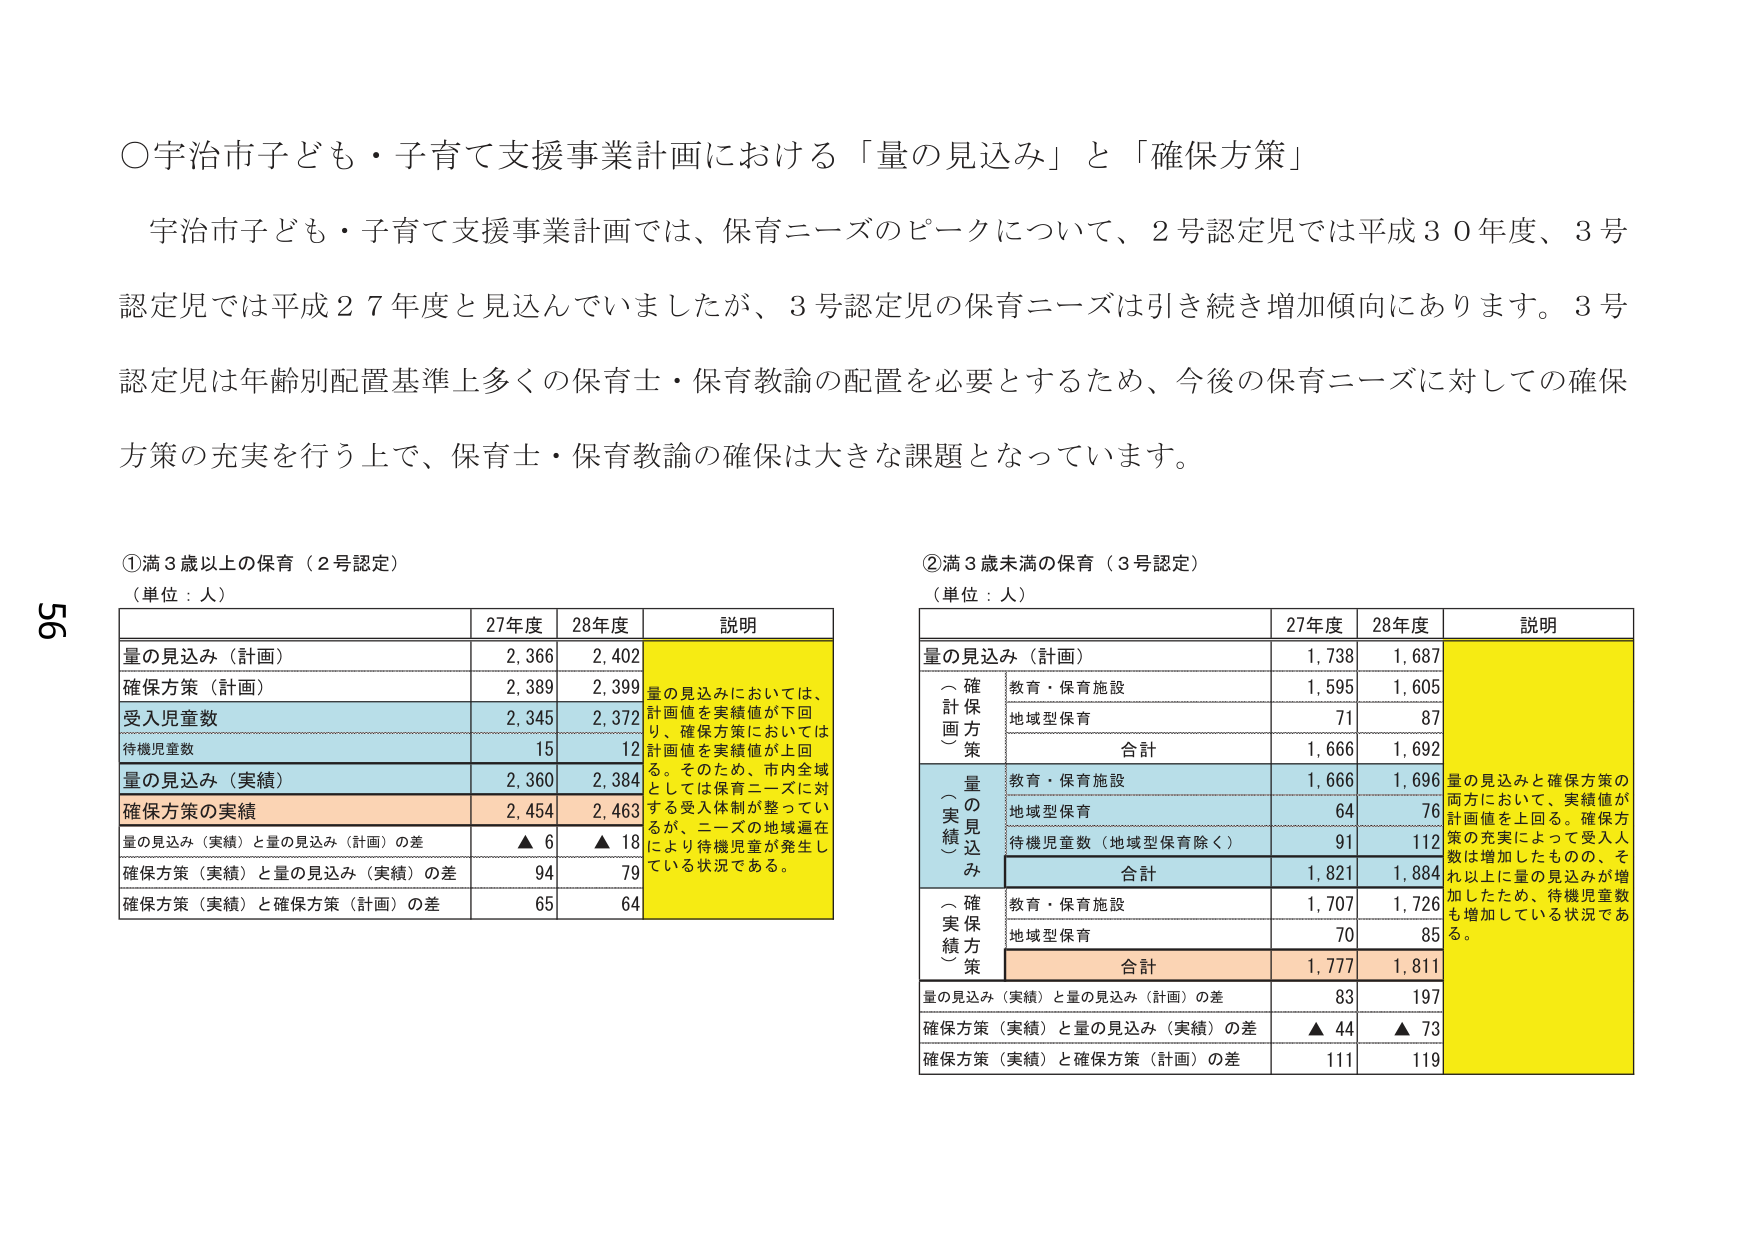
○宇治市子ども・子育て支援事業計画における「量の見込み」と「確保方策」

宇治市子ども・子育て支援事業計画では、保育ニーズのピークについて、2号認定児では平成30年度、3号認定児では平成27年度と見込んでいましたが、3号認定児の保育ニーズは引き続き増加傾向にあります。3号認定児は年齢別配置基準上多くの保育士・保育教諭の配置を必要とするため、今後の保育ニーズに対しての確保方策の充実を行う上で、保育士・保育教諭の確保は大きな課題となっています。

①満3歳以上の保育（2号認定）
（単位：人）

| | 27年度 | 28年度 | 説明 |
|---|---|---|---|
| 量の見込み（計画） | 2,366 | 2,402 | 量の見込みにおいては、計画値を実績値が下回り、確保方策においては計画値を実績値が上回る。そのため、市内全域としては保育ニーズに対する受入体制が整っているが、ニーズの地域遍在により待機児童が発生している状況である。 |
| 確保方策（計画） | 2,389 | 2,399 | |
| 受入児童数 | 2,345 | 2,372 | |
| 待機児童数 | 15 | 12 | |
| 量の見込み（実績） | 2,360 | 2,384 | |
| 確保方策の実績 | 2,454 | 2,463 | |
| 量の見込み（実績）と量の見込み（計画）の差 | ▲6 | ▲18 | |
| 確保方策（実績）と量の見込み（実績）の差 | 94 | 79 | |
| 確保方策（実績）と確保方策（計画）の差 | 65 | 64 | |

②満3歳未満の保育（3号認定）
（単位：人）

| | 27年度 | 28年度 | 説明 |
|---|---|---|---|
| 量の見込み（計画） | 1,738 | 1,687 | 量の見込みと確保方策の両方において、実績値が計画値を上回る。確保方策の充実によって受入人数は増加したものの、それ以上に量の見込みが増加したため、待機児童数も増加している状況である。 |
| （計画）確保方策 | | | |
| 教育・保育施設 | 1,595 | 1,605 | |
| 地域型保育 | 71 | 87 | |
| 合計 | 1,666 | 1,692 | |
| （実績）量の見込み | | | |
| 教育・保育施設 | 1,666 | 1,696 | |
| 地域型保育 | 64 | 76 | |
| 待機児童数（地域型保育除く） | 91 | 112 | |
| 合計 | 1,821 | 1,884 | |
| （実績）確保方策 | | | |
| 教育・保育施設 | 1,707 | 1,726 | |
| 地域型保育 | 70 | 85 | |
| 合計 | 1,777 | 1,811 | |
| 量の見込み（実績）と量の見込み（計画）の差 | 83 | 197 | |
| 確保方策（実績）と量の見込み（実績）の差 | ▲44 | ▲73 | |
| 確保方策（実績）と確保方策（計画）の差 | 111 | 119 | |

56